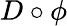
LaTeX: D\circ\phi